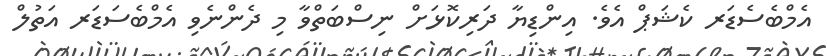
އެމްބެސެޑަރ ކެޝަޕް އެވެ. އިންޑިޔާ ދަރިކޮޅަށް ނިސްބަތްވާ މި ދެންނެވި އެމްބެސަޑަރ އަތުލް